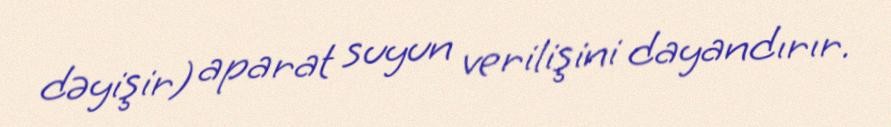
dəyişir) aparat suyun verilişini dayandırır.